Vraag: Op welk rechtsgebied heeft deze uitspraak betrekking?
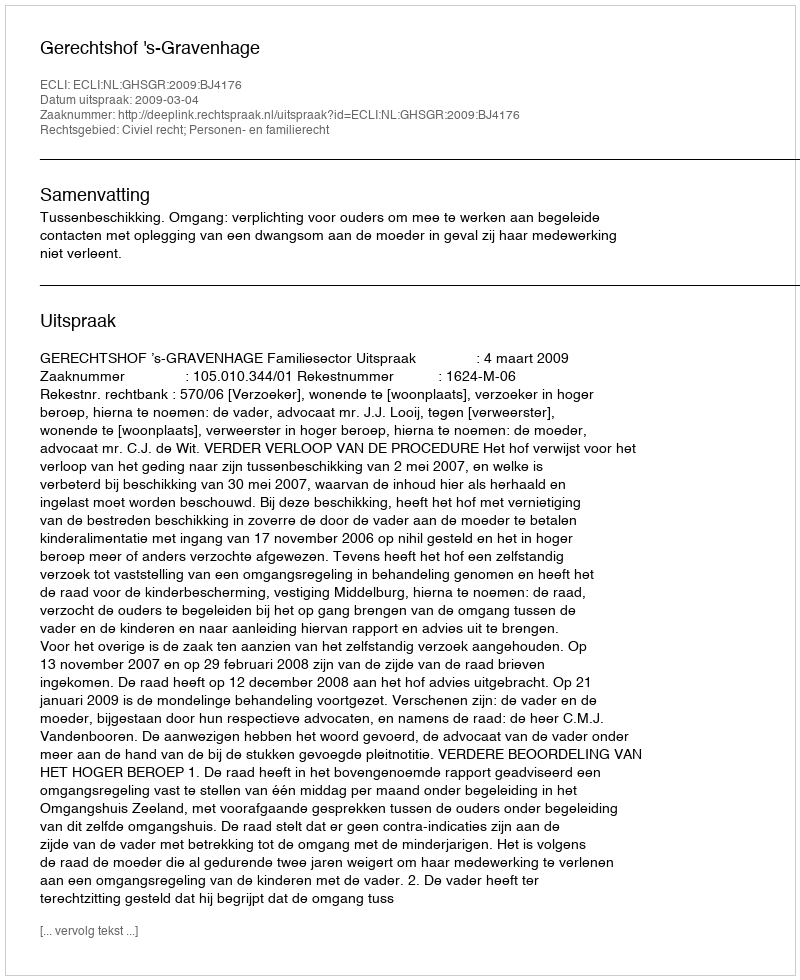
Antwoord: Civiel recht; Personen- en familierecht